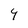
Character: 4